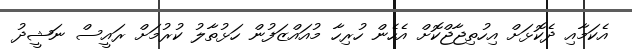
އެކަމާއި ދެކޮޅަށް އިހުތިޖާޖްކޮށް އެހެން ހުރިހާ މުއައްޒަފުން ހަޅުތާލު ކުރުމަށް ރައީސް ނަޝީދު